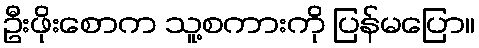
ဦးဖိုးစောက သူ့စကားကို ပြန်မပြော။